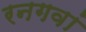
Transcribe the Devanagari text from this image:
रनगवां